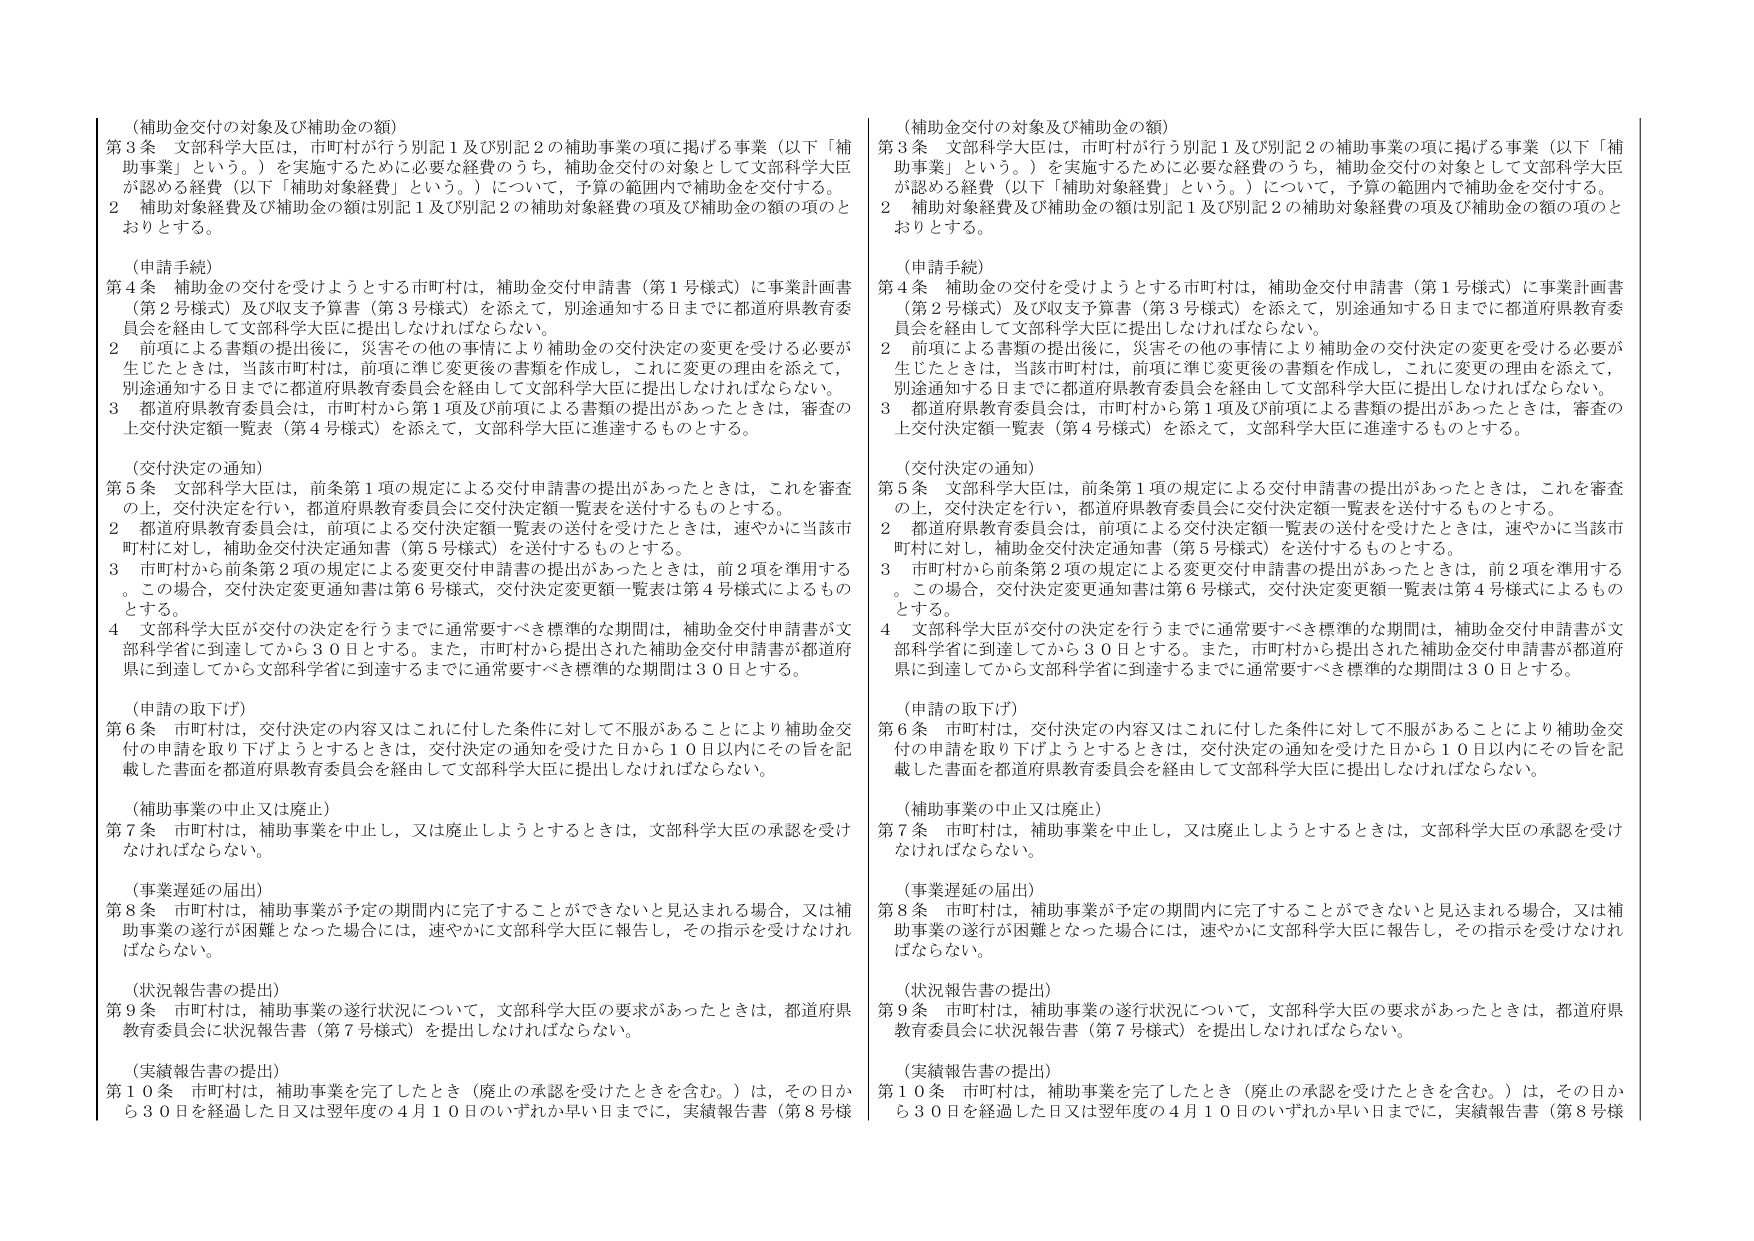
（補助金交付の対象及び補助金の額）
第３条 文部科学大臣は，市町村が行う別記１及び別記２の補助事業の項に掲げる事業（以下「補助事業」という。）を実施するために必要な経費のうち，補助金交付の対象として文部科学大臣が認める経費（以下「補助対象経費」という。）について，予算の範囲内で補助金を交付する。
２ 補助対象経費及び補助金の額は別記１及び別記２の補助対象経費の項及び補助金の額の項のとおりとする。

（申請手続）
第４条 補助金の交付を受けようとする市町村は，補助金交付申請書（第１号様式）に事業計画書（第２号様式）及び収支予算書（第３号様式）を添えて，別途通知する日までに都道府県教育委員会を経由して文部科学大臣に提出しなければならない。
２ 前項による書類の提出後に，災害その他の事情により補助金の交付決定の変更を受ける必要が生じたときは，当該市町村は，前項に準じ変更後の書類を作成し，これに変更の理由を添えて，別途通知する日までに都道府県教育委員会を経由して文部科学大臣に提出しなければならない。
３ 都道府県教育委員会は，市町村から第１項及び前項による書類の提出があったときは，審査の上交付決定額一覧表（第４号様式）を添えて，文部科学大臣に進達するものとする。

（交付決定の通知）
第５条 文部科学大臣は，前条第１項の規定による交付申請書の提出があったときは，これを審査の上，交付決定を行い，都道府県教育委員会に交付決定額一覧表を送付するものとする。
２ 都道府県教育委員会は，前項による交付決定額一覧表の送付を受けたときは，速やかに当該市町村に対し，補助金交付決定通知書（第５号様式）を送付するものとする。
３ 市町村から前条第２項の規定による変更交付申請書の提出があったときは，前２項を準用する。この場合，交付決定変更通知書は第６号様式，交付決定変更額一覧表は第４号様式によるものとする。
４ 文部科学大臣が交付の決定を行うまでに通常要すべき標準的な期間は，補助金交付申請書が文部科学省に到達してから３０日とする。また，市町村から提出された補助金交付申請書が都道府県に到達してから文部科学省に到達するまでに通常要すべき標準的な期間は３０日とする。

（申請の取下げ）
第６条 市町村は，交付決定の内容又はこれに付した条件に対して不服があることにより補助金交付の申請を取り下げようとするときは，交付決定の通知を受けた日から１０日以内にその旨を記載した書面を都道府県教育委員会を経由して文部科学大臣に提出しなければならない。

（補助事業の中止又は廃止）
第７条 市町村は，補助事業を中止し，又は廃止しようとするときは，文部科学大臣の承認を受けなければならない。

（事業遅延の届出）
第８条 市町村は，補助事業が予定の期間内に完了することができないと見込まれる場合，又は補助事業の遂行が困難となった場合には，速やかに文部科学大臣に報告し，その指示を受けなければならない。

（状況報告書の提出）
第９条 市町村は，補助事業の遂行状況について，文部科学大臣の要求があったときは，都道府県教育委員会に状況報告書（第７号様式）を提出しなければならない。

（実績報告書の提出）
第１０条 市町村は，補助事業を完了したとき（廃止の承認を受けたときを含む。）は，その日から３０日を経過した日又は翌年度の４月１０日のいずれか早い日までに，実績報告書（第８号様式）を提出しなければならない。

（補助金交付の対象及び補助金の額）
第３条 文部科学大臣は，市町村が行う別記１及び別記２の補助事業の項に掲げる事業（以下「補助事業」という。）を実施するために必要な経費のうち，補助金交付の対象として文部科学大臣が認める経費（以下「補助対象経費」という。）について，予算の範囲内で補助金を交付する。
２ 補助対象経費及び補助金の額は別記１及び別記２の補助対象経費の項及び補助金の額の項のとおりとする。

（申請手続）
第４条 補助金の交付を受けようとする市町村は，補助金交付申請書（第１号様式）に事業計画書（第２号様式）及び収支予算書（第３号様式）を添えて，別途通知する日までに都道府県教育委員会を経由して文部科学大臣に提出しなければならない。
２ 前項による書類の提出後に，災害その他の事情により補助金の交付決定の変更を受ける必要が生じたときは，当該市町村は，前項に準じ変更後の書類を作成し，これに変更の理由を添えて，別途通知する日までに都道府県教育委員会を経由して文部科学大臣に提出しなければならない。
３ 都道府県教育委員会は，市町村から第１項及び前項による書類の提出があったときは，審査の上交付決定額一覧表（第４号様式）を添えて，文部科学大臣に進達するものとする。

（交付決定の通知）
第５条 文部科学大臣は，前条第１項の規定による交付申請書の提出があったときは，これを審査の上，交付決定を行い，都道府県教育委員会に交付決定額一覧表を送付するものとする。
２ 都道府県教育委員会は，前項による交付決定額一覧表の送付を受けたときは，速やかに当該市町村に対し，補助金交付決定通知書（第５号様式）を送付するものとする。
３ 市町村から前条第２項の規定による変更交付申請書の提出があったときは，前２項を準用する。この場合，交付決定変更通知書は第６号様式，交付決定変更額一覧表は第４号様式によるものとする。
４ 文部科学大臣が交付の決定を行うまでに通常要すべき標準的な期間は，補助金交付申請書が文部科学省に到達してから３０日とする。また，市町村から提出された補助金交付申請書が都道府県に到達してから文部科学省に到達するまでに通常要すべき標準的な期間は３０日とする。

（申請の取下げ）
第６条 市町村は，交付決定の内容又はこれに付した条件に対して不服があることにより補助金交付の申請を取り下げようとするときは，交付決定の通知を受けた日から１０日以内にその旨を記載した書面を都道府県教育委員会を経由して文部科学大臣に提出しなければならない。

（補助事業の中止又は廃止）
第７条 市町村は，補助事業を中止し，又は廃止しようとするときは，文部科学大臣の承認を受けなければならない。

（事業遅延の届出）
第８条 市町村は，補助事業が予定の期間内に完了することができないと見込まれる場合，又は補助事業の遂行が困難となった場合には，速やかに文部科学大臣に報告し，その指示を受けなければならない。

（状況報告書の提出）
第９条 市町村は，補助事業の遂行状況について，文部科学大臣の要求があったときは，都道府県教育委員会に状況報告書（第７号様式）を提出しなければならない。

（実績報告書の提出）
第１０条 市町村は，補助事業を完了したとき（廃止の承認を受けたときを含む。）は，その日から３０日を経過した日又は翌年度の４月１０日のいずれか早い日までに，実績報告書（第８号様式）を提出しなければならない。